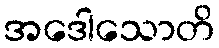
အဒေါသောတိ